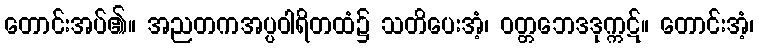
တောင်းအပ်၏။ အညတကအပ္ပဝါရိတထံ၌ သတိပေးအံ့၊ ဝတ္တဘေဒဒုက္ကဋ်။ တောင်းအံ့၊